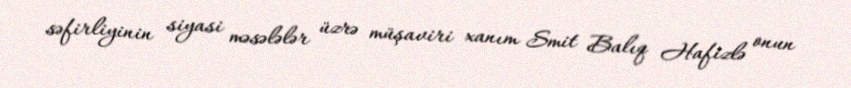
səfirliyinin siyasi məsələlər üzrə müşaviri xanım Smit Balıq Hafizlə onun